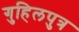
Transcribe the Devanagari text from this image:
गुहिलपुत्र